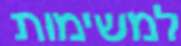
למשימות